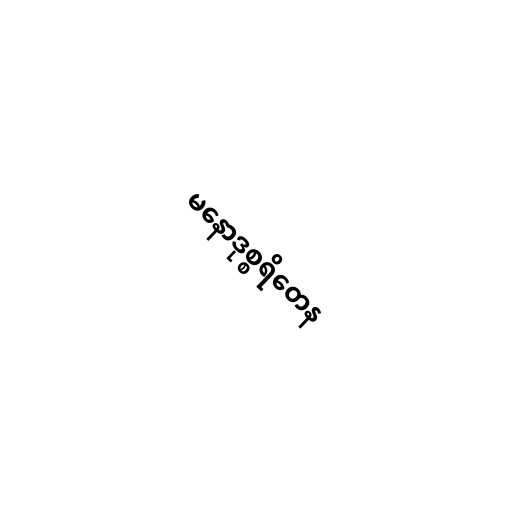
မနောဒုစ္စရိတေန